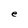
Character: e